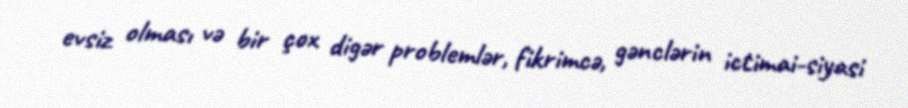
evsiz olması və bir çox digər problemlər, fikrimcə, gənclərin ictimai-siyasi